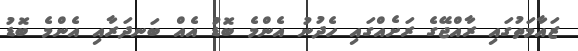
ޒައާމަތުގައި ރާއްޖޭގެ ރަށެއްގައި ހެދުނު އެންމެ ބޮޑު އެއް ބަނދަރާއި އެންމެ ބޮޑު